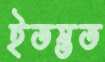
ইতস্তত